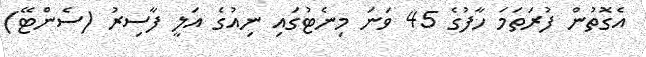
އެގޮތުން ފުރަތަމަ ހާފުގެ 45 ވަނަ މިނެޓުގައި ނިއުގެ އަލީ ފާސިރު (ސެންޓޭ)